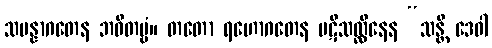
သမန္နာဂတေန ဘဝိတဗ္ဗံ။ တတော ရဟောဂတေန ပဋိသလ္လီနေန “သန္တိ ဒေဝါ